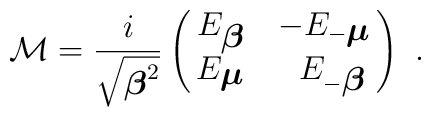
{\cal M} = \frac{i }{ \sqrt{{\mbox{\boldmath $\beta$}}^2}}        \left(\matrix{E_{\mbox{\boldmath $\beta$}}  &       -E_{-{\mbox{\boldmath $\mu$}}} \cr       E_{\mbox{\boldmath $\mu$}}  & \,\,\,       E_{-{\mbox{\boldmath $\beta$}}}} \right) \,\, .